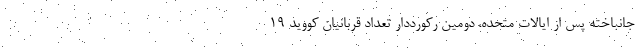
جانباخته پس از ایالات متحده، دومین رکورددار تعداد قربانیان کووید ۱۹